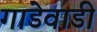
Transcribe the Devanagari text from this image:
गाडेवाडी